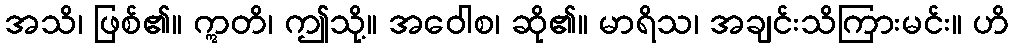
အသိ၊ ဖြစ်၏။ ဣတိ၊ ဤသို့။ အဝေါစ၊ ဆို၏။ မာရိသ၊ အချင်းသိကြားမင်း။ ဟိ